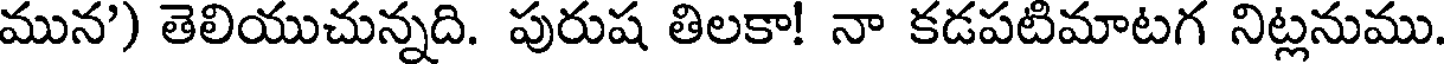
మున') తెలియుచున్నది. పురుష తిలకా! నా కడపటిమాటగ నిట్లనుము